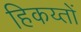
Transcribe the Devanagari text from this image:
हिकय्तों